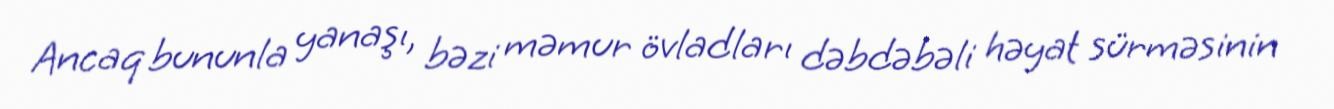
Ancaq bununla yanaşı, bəzi məmur övladları dəbdəbəli həyat sürməsinin